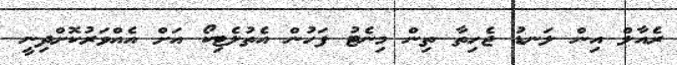
ރެއާލް އިން ލަނޑު ޖެހިތާ ތިން މިނެޓު ފަހުން އެތުލެޓިކޯ އަށް އެއްވަރުކޮށްދިނީ